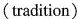
(tradition)